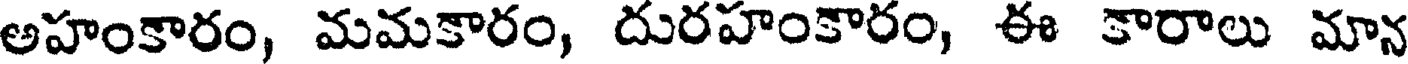
అహంకారం, మమకారం, దురహంకారం, ఈ కారాలు మాన